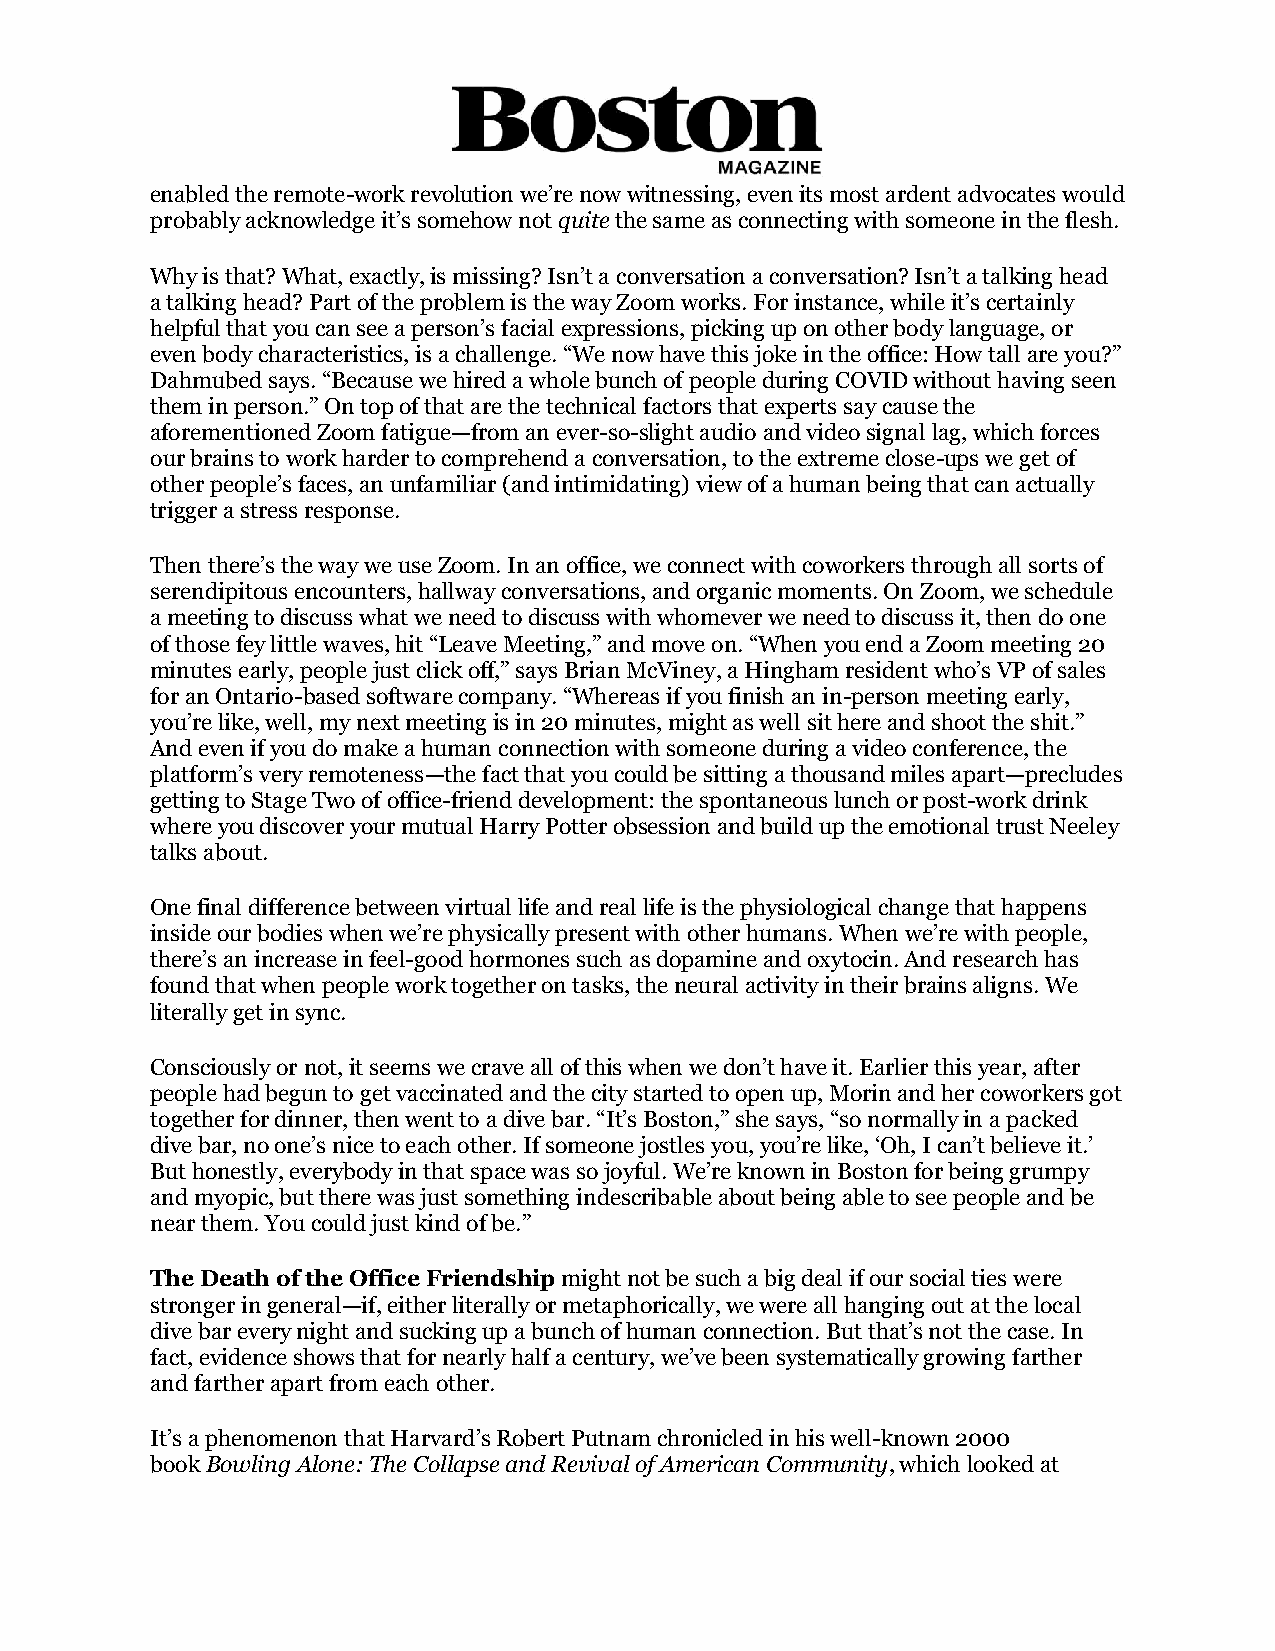
enabled the remote-work revolution we’re now witnessing, even its most ardent advocates would
 probably acknowledge it’s somehow not quite the same as connecting with someone in the flesh.
 Why is that? What, exactly, is missing? Isn’t a conversation a conversation? Isn’t a talking head
 a talking head? Part of the problem is the way Zoom works. For instance, while it’s certainly
 helpful that you can see a person’s facial expressions, picking up on other body language, or
 even body characteristics, is a challenge. “We now have this joke in the office: How tall are you?”
 Dahmubed says. “Because we hired a whole bunch of people during COVID without having seen
 them in person.” On top of that are the technical factors that experts say cause the
 aforementioned Zoom fatigue—from an ever-so-slight audio and video signal lag, which forces
 our brains to work harder to comprehend a conversation, to the extreme close-ups we get of
 other people’s faces, an unfamiliar (and intimidating) view of a human being that can actually
 trigger a stress response.
 Then there’s the way we use Zoom. In an office, we connect with coworkers through all sorts of
 serendipitous encounters, hallway conversations, and organic moments. On Zoom, we schedule
 a meeting to discuss what we need to discuss with whomever we need to discuss it, then do one
 of those fey little waves, hit “Leave Meeting,” and move on. “When you end a Zoom meeting 20
 minutes early, people just click off,” says Brian McViney, a Hingham resident who’s VP of sales
 for an Ontario-based software company. “Whereas if you finish an in-person meeting early,
 you’re like, well, my next meeting is in 20 minutes, might as well sit here and shoot the shit.”
 And even if you do make a human connection with someone during a video conference, the
 platform’s very remoteness—the fact that you could be sitting a thousand miles apart—precludes
 getting to Stage Two of office-friend development: the spontaneous lunch or post-work drink
 where you discover your mutual Harry Potter obsession and build up the emotional trust Neeley
 talks about.
 One final difference between virtual life and real life is the physiological change that happens
 inside our bodies when we’re physically present with other humans. When we’re with people,
 there’s an increase in feel-good hormones such as dopamine and oxytocin. And research has
 found that when people work together on tasks, the neural activity in their brains aligns. We
 literally get in sync.
 Consciously or not, it seems we crave all of this when we don’t have it. Earlier this year, after
 people had begun to get vaccinated and the city started to open up, Morin and her coworkers got
 together for dinner, then went to a dive bar. “It’s Boston,” she says, “so normally in a packed
 dive bar, no one’s nice to each other. If someone jostles you, you’re like, ‘Oh, I can’t believe it.’
 But honestly, everybody in that space was so joyful. We’re known in Boston for being grumpy
 and myopic, but there was just something indescribable about being able to see people and be
 near them. You could just kind of be.”
 The Death of the Office Friendship might not be such a big deal if our social ties were
 stronger in general—if, either literally or metaphorically, we were all hanging out at the local
 dive bar every night and sucking up a bunch of human connection. But that’s not the case. In
 fact, evidence shows that for nearly half a century, we’ve been systematically growing farther
 and farther apart from each other.
 It’s a phenomenon that Harvard’s Robert Putnam chronicled in his well-known 2000
 book Bowling Alone: The Collapse and Revival of American Community, which looked at